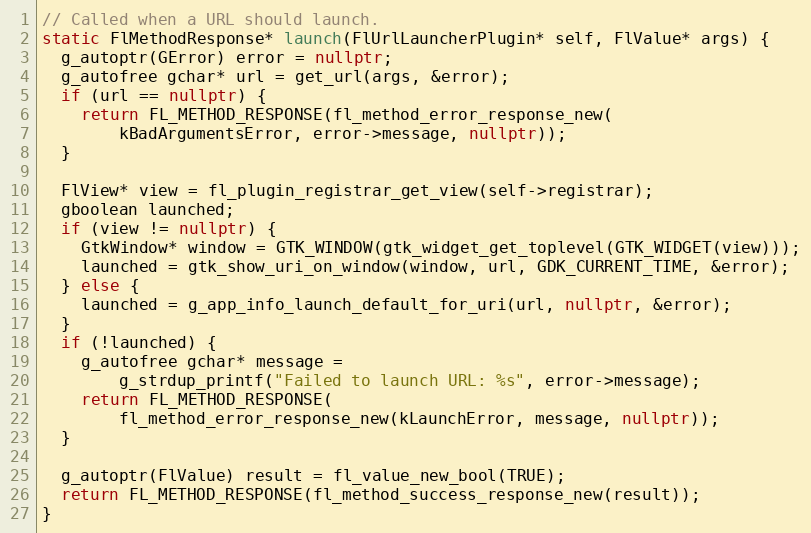
Language: C++
// Called when a URL should launch.
static FlMethodResponse* launch(FlUrlLauncherPlugin* self, FlValue* args) {
  g_autoptr(GError) error = nullptr;
  g_autofree gchar* url = get_url(args, &error);
  if (url == nullptr) {
    return FL_METHOD_RESPONSE(fl_method_error_response_new(
        kBadArgumentsError, error->message, nullptr));
  }

  FlView* view = fl_plugin_registrar_get_view(self->registrar);
  gboolean launched;
  if (view != nullptr) {
    GtkWindow* window = GTK_WINDOW(gtk_widget_get_toplevel(GTK_WIDGET(view)));
    launched = gtk_show_uri_on_window(window, url, GDK_CURRENT_TIME, &error);
  } else {
    launched = g_app_info_launch_default_for_uri(url, nullptr, &error);
  }
  if (!launched) {
    g_autofree gchar* message =
        g_strdup_printf("Failed to launch URL: %s", error->message);
    return FL_METHOD_RESPONSE(
        fl_method_error_response_new(kLaunchError, message, nullptr));
  }

  g_autoptr(FlValue) result = fl_value_new_bool(TRUE);
  return FL_METHOD_RESPONSE(fl_method_success_response_new(result));
}